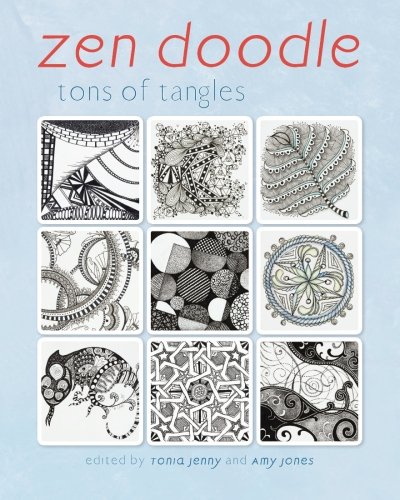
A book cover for Zen Doodle: Tons of Tangles; Crafts, Hobbies & Home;